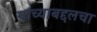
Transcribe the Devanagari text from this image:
यांच्याबद्दलचा